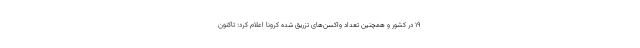
۱۹ در کشور و همچنین تعداد واکسن‌های تزریق شده کرونا اعلام کرد: تاکنون